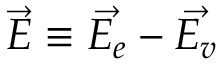
\vec { E } \equiv \vec { E _ { e } } - \vec { E _ { v } }